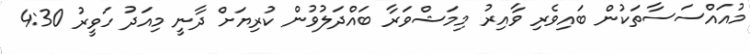
މުއައްސަސާތަކުން ބައިވެރި ވާއިރު މިމަޝްވަރާ ބައްދަލުވުން ކުރިޔަށް ދާނީ މިއަދު ހަވީރު 4:30